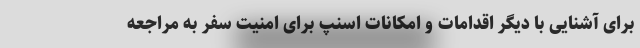
برای آشنایی با دیگر اقدامات و امکانات اسنپ برای امنیت سفر به مراجعه